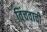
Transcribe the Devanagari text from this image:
विंचवाची